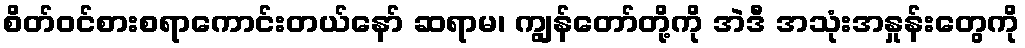
စိတ်ဝင်စားစရာကောင်းတယ်နော် ဆရာမ၊ ကျွန်တော်တို့ကို အဲဒီ အသုံးအနှုန်းတွေကို